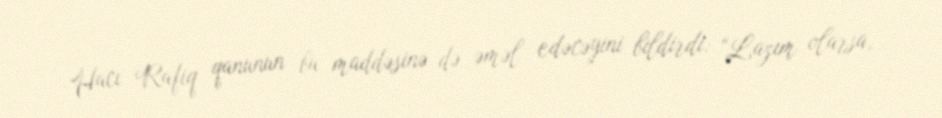
Hacı Rafiq qanunun bu maddəsinə də əməl edəcəyini bildirdi: “Lazım olarsa,